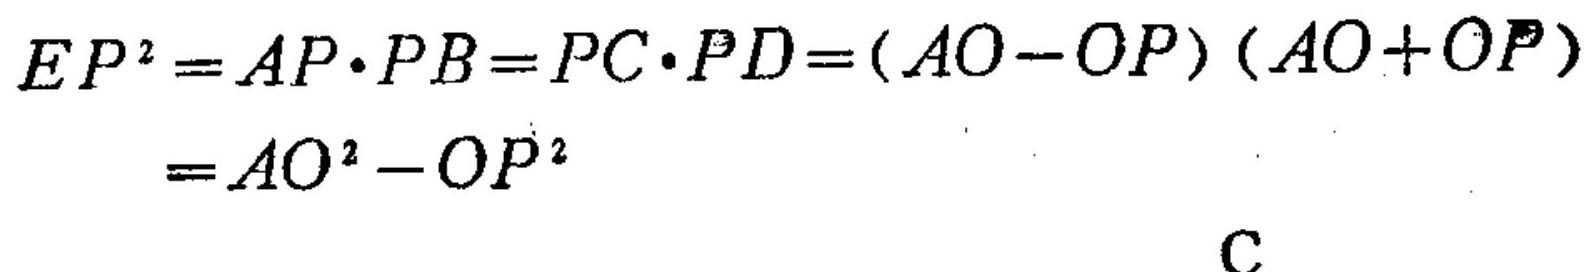
\[
\begin{align*}
EP^{2}&=AP\cdot PB = PC\cdot PD=(AO - OP)(AO + OP)\\
&=AO^{2}-OP^{2}
\end{align*}
\]